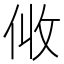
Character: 𠈅